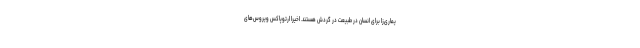
یماری‌زا برای انسان در طبیعت در گردش هستند. اخیرا ارتوپاکس ویروس‌های